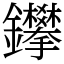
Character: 鑻